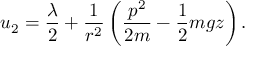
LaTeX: u _ { 2 } = { \frac { \lambda } { 2 } } + { \frac { 1 } { r ^ { 2 } } } \left( { \frac { p ^ { 2 } } { 2 m } } - { \frac { 1 } { 2 } } m g z \right) .